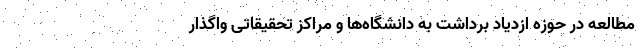
مطالعه در حوزه ازدیاد برداشت به دانشگاه‌ها و مراکز تحقیقاتی واگذار